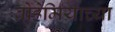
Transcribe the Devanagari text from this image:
बोहेमियाच्या